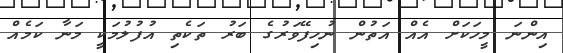
އިންނަ މީހަކަށް އެއް އަތުން ނުހިފޭވަރުގެ ބަރު ތަކެތި އުފުލުމަކީ މަނާ ކަމެއް